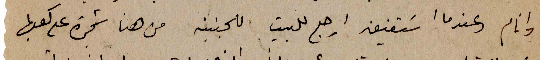
وانام وعندما استفيق ارجع للبيت للجنينه من هنا شجرة على كعبها